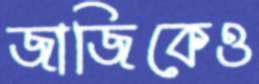
জাজিকেও